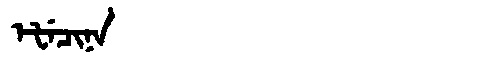
Manchu: ᡝᡶᡝᠴᡳᠨᠠ
Romanization: EFECINA